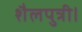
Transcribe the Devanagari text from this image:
शैलपुत्री।